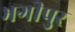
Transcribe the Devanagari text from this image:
भगीपुर